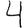
Digit: 4